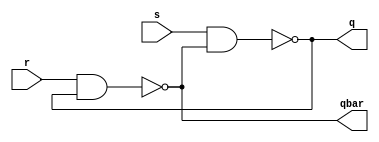
module SR_FlipFlop(s,r,q,qbar);
input s,r;
output q,qbar;
wire a,b;
buf b1(a,qbar);
buf b2(b,q);
nand n1(q,s,a);
nand n2(qbar,r,b);
endmodule

module test_sr;
reg s,r;
wire q,qbar;
SR_FlipFlop s1(s,r,q,qbar);
initial
begin
    $monitor("%d %d %d %d",s,r,q,qbar);
    #5;s=1;r=0;
    #5;s=0;r=1;
    #5;s=0;r=0;
    #5;s=1;r=1;
end
endmodule